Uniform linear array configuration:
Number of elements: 24
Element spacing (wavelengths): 1
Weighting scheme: exponential
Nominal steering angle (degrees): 45
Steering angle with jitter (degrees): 43.978
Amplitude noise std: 0.05
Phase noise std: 0.05

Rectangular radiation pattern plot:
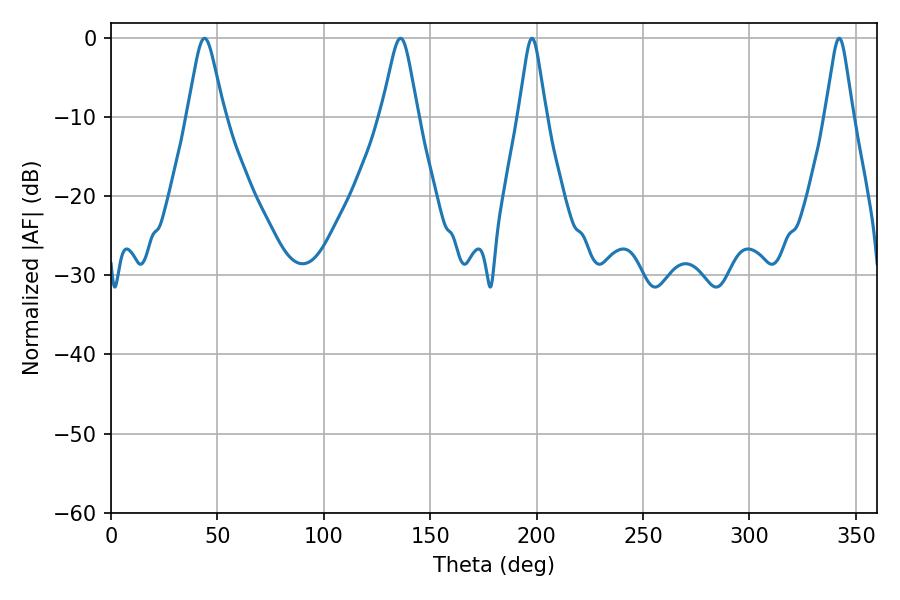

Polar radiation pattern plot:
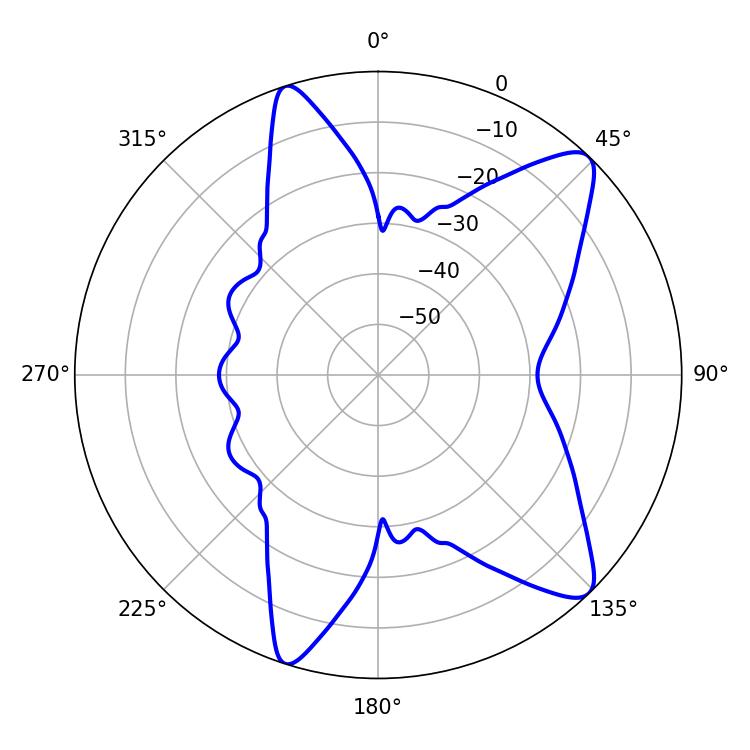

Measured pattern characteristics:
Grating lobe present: TRUE
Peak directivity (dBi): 10.76
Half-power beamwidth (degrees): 6.12
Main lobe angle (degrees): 197.82